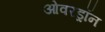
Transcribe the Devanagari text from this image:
ओवरड्रॉन